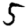
Digit: 5